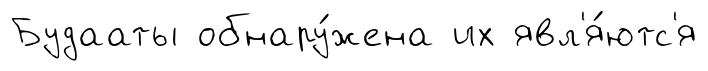
Будааты обнару́жена их явл'я́ютс'я